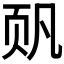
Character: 𮸴